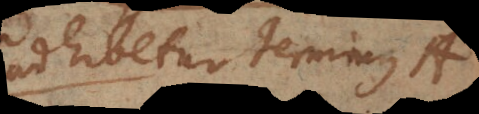
adhibetur terminus A